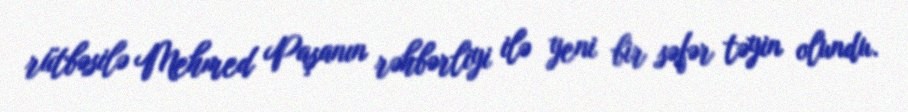
rütbəsilə Mehmed Paşanın rəhbərliyi ilə yeni bir səfər təyin olundu.